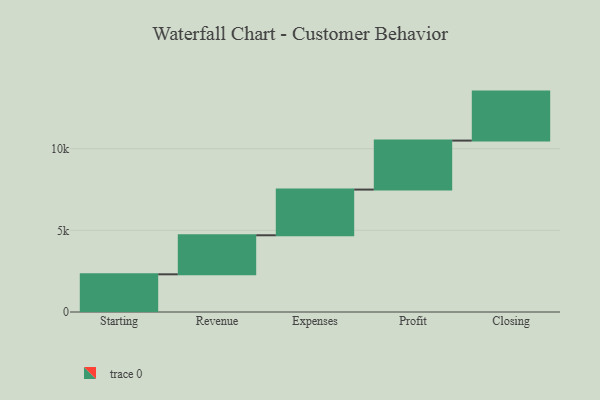
{"axis": {"x": "Step", "y": "Value"}, "legend": [""], "data": [{"x": "Starting", "y": 2308.0, "type": ""}, {"x": "Revenue", "y": 2391.0, "type": ""}, {"x": "Expenses", "y": 2798.0, "type": ""}, {"x": "Profit", "y": 3000, "type": ""}, {"x": "Closing", "y": 3000, "type": ""}]}